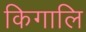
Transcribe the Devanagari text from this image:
किगालि